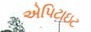
એપિટાઇટ